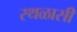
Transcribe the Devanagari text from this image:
स्थळासी